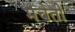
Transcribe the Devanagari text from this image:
मचेती